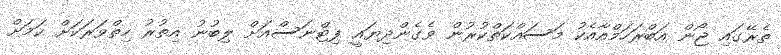
ތެރޭގައި ޖޯން އަބްރަހަމްއާއެކު މަސައްކަތްކުރުން ވެގެންދިޔައީ ފިޓްނަސްއަށް ލިބުނު އިތުރު ހިތްވަރަކަށް ކަމަށް